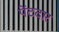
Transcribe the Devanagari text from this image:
पेंटदार